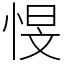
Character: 㥗